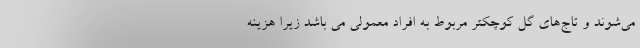
می‌شوند و تاج‌های گل کوچکتر مربوط به افراد معمولی می باشد زیرا هزینه